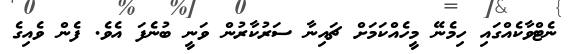
ނެޓްވާކެއްގައި ހިމެނޭ މީހެއްކަމަށް ޗައިނާ ސަރުކާރުން ވަނީ ބުނެފަ އެވެ. ފެން ވެއިގެ